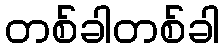
တစ်ခါတစ်ခါ